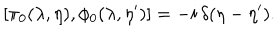
\left[ \pi _ { 0 } ( \lambda , \eta ) , \phi _ { 0 } ( \lambda , \eta ^ { \prime } ) \right] = - i \, \delta ( \eta - \eta ^ { \prime } ) .